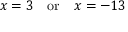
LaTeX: x = 3 \quad { \mathrm { o r } } \quad x = - 1 3